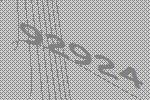
92924